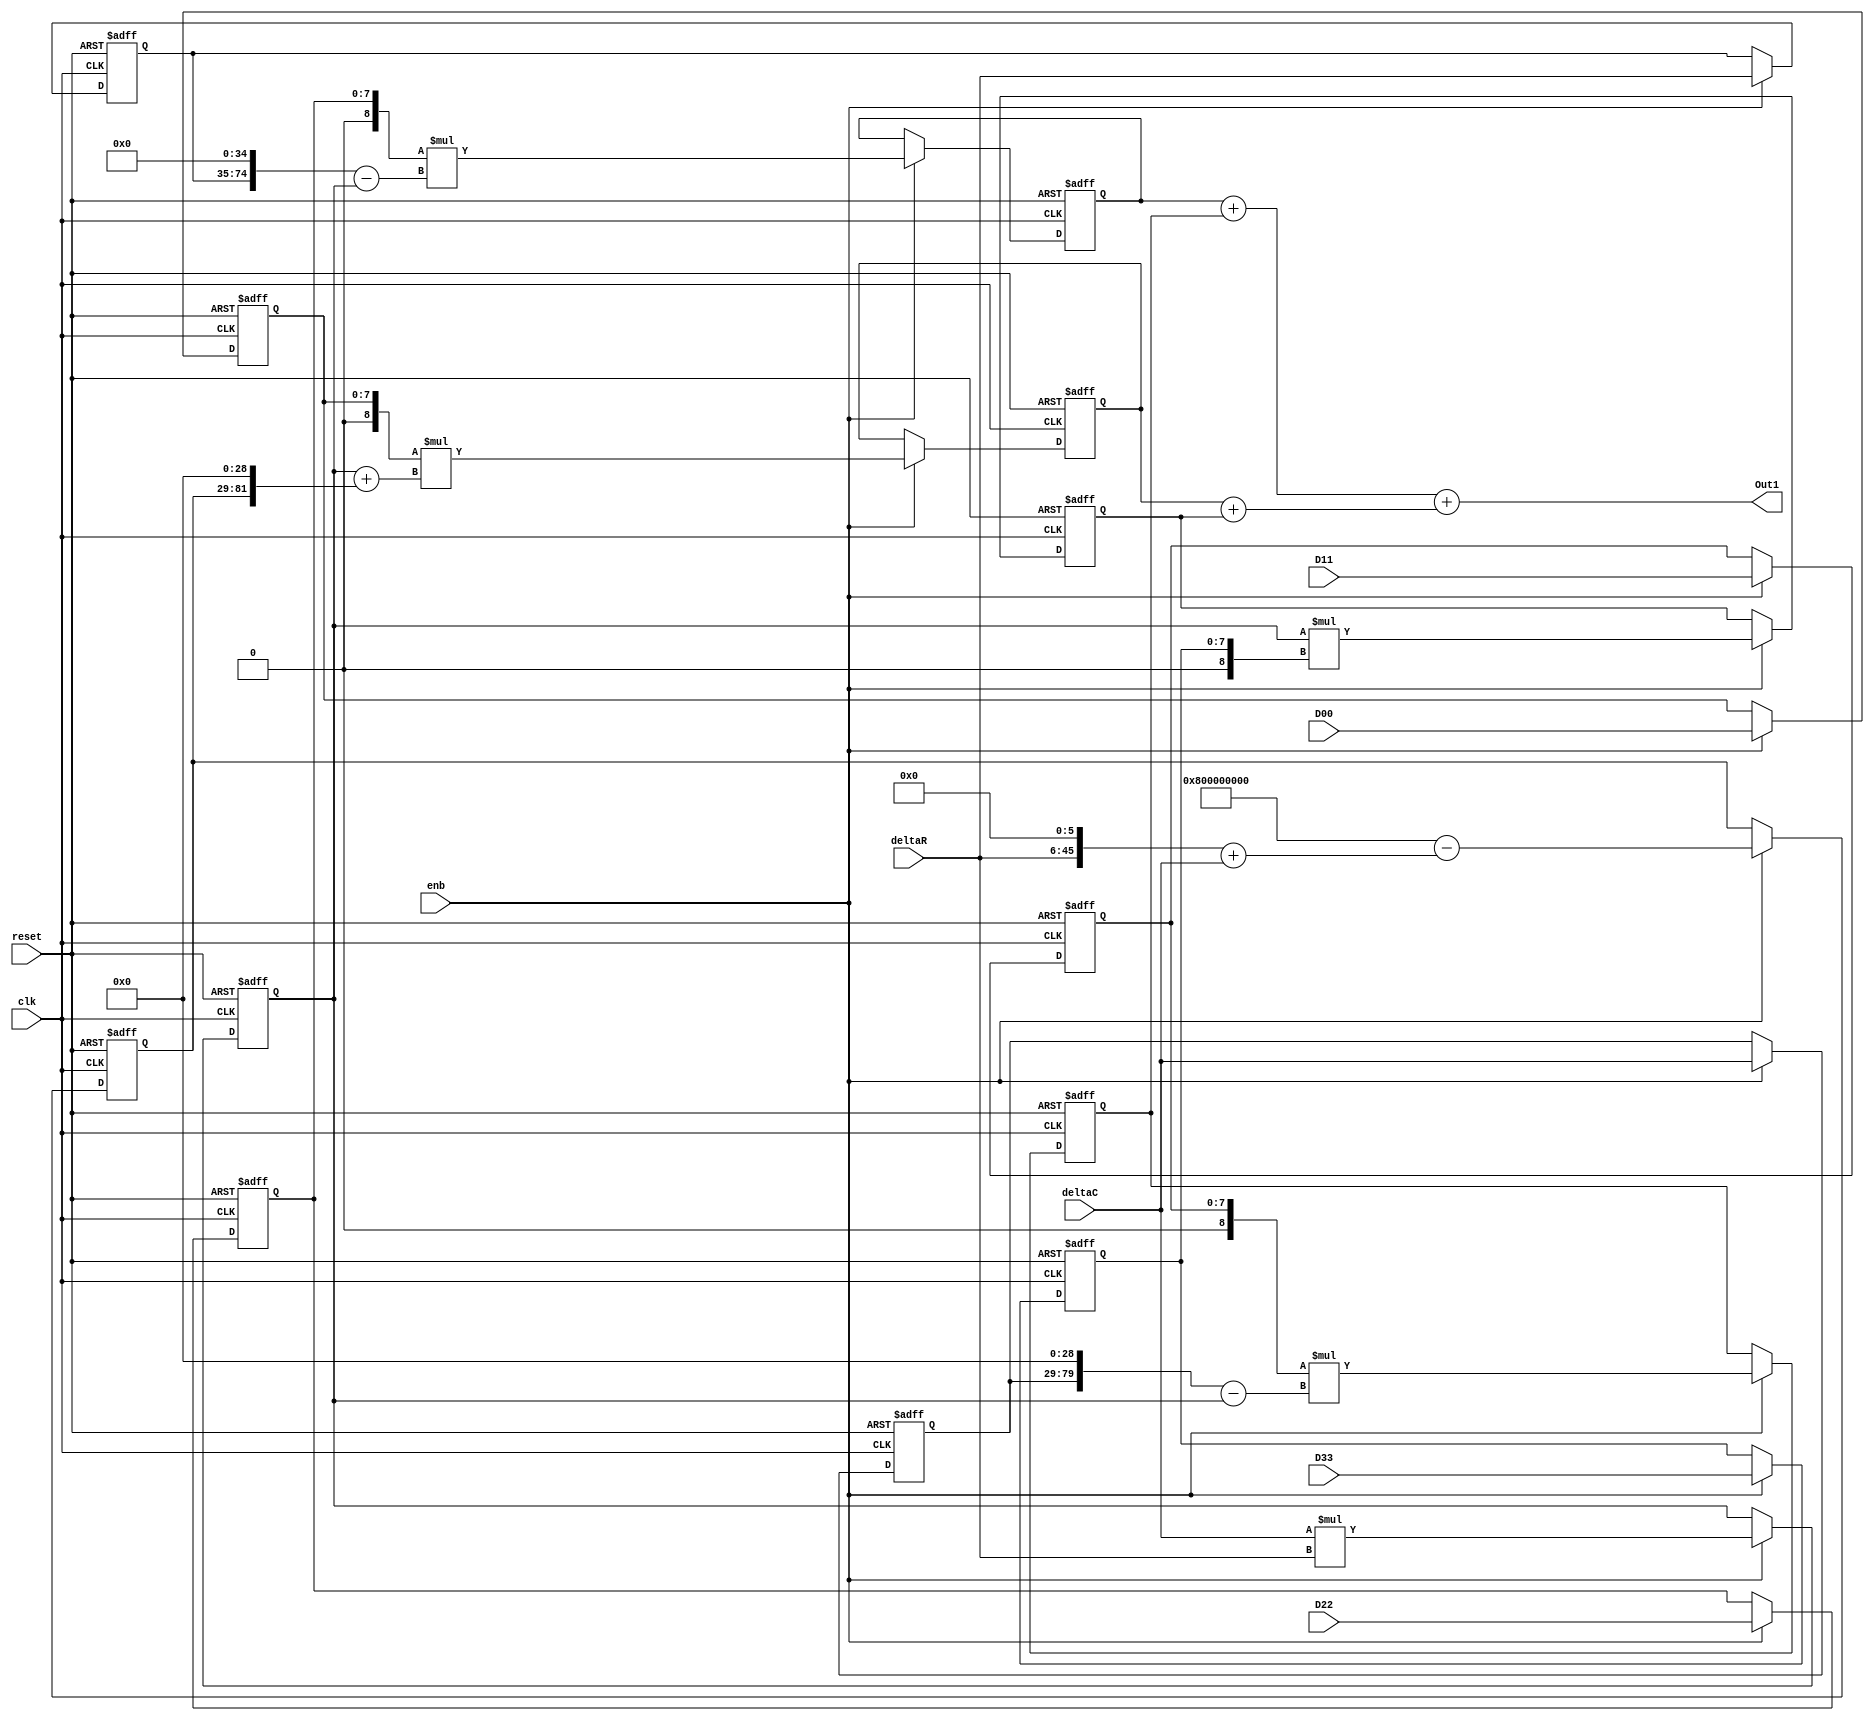
// -------------------------------------------------------------
// 
// 
// Generated by MATLAB 9.6 and HDL Coder 3.14
// 
// -------------------------------------------------------------


// -------------------------------------------------------------
// 
// Module: BirdEyeViewImproved_ip_src_Bilinear_interpolation
// Source Path: BirdEyeView_Bilinear_V1/IP_Core/Bilinear interpolation
// Hierarchy Level: 1
// 
// -------------------------------------------------------------

`timescale 1 ns / 1 ns

module BirdEyeViewImproved_ip_src_Bilinear_interpolation
          (clk,
           reset,
           enb,
           D00,
           D11,
           D22,
           D33,
           deltaC,
           deltaR,
           Out1);


  input   clk;
  input   reset;
  input   enb;
  input   [7:0] D00;  // uint8
  input   [7:0] D11;  // uint8
  input   [7:0] D22;  // uint8
  input   [7:0] D33;  // uint8
  input   signed [50:0] deltaC;  // sfix51_En35
  input   signed [39:0] deltaR;  // sfix40_En29
  output  signed [101:0] Out1;  // sfix102_En64


  reg [7:0] Delay5_out1;  // uint8
  reg signed [39:0] Delay6_out1;  // sfix40_En29
  wire signed [90:0] Product_out1;  // sfix91_En64
  reg signed [90:0] Delay20_out1;  // sfix91_En64
  wire signed [91:0] Sum4_sub_cast;  // sfix92_En64
  wire signed [91:0] Sum4_sub_cast_1;  // sfix92_En64
  wire signed [91:0] Sum4_out1;  // sfix92_En64
  wire signed [8:0] Product3_cast;  // sfix9
  wire signed [100:0] Product3_mul_temp;  // sfix101_En64
  wire signed [99:0] Product3_out1;  // sfix100_En64
  reg signed [99:0] Delay24_out1;  // sfix100_En64
  reg [7:0] Delay3_out1;  // uint8
  reg signed [50:0] Delay1_out1;  // sfix51_En35
  wire signed [91:0] Sum3_sub_cast;  // sfix92_En64
  wire signed [91:0] Sum3_sub_cast_1;  // sfix92_En64
  wire signed [91:0] Sum3_out1;  // sfix92_En64
  wire signed [8:0] Product2_cast;  // sfix9
  wire signed [100:0] Product2_mul_temp;  // sfix101_En64
  wire signed [99:0] Product2_out1;  // sfix100_En64
  reg [7:0] Delay4_out1;  // uint8
  wire Constant_out1;
  wire signed [51:0] Sum_add_cast;  // sfix52_En35
  wire signed [51:0] Sum_add_cast_1;  // sfix52_En35
  wire signed [51:0] Sum_out1;  // sfix52_En35
  wire signed [52:0] Sum1_sub_cast;  // sfix53_En35
  wire signed [52:0] Sum1_sub_cast_1;  // sfix53_En35
  wire signed [52:0] Sum1_out1;  // sfix53_En35
  reg signed [52:0] Delay21_out1;  // sfix53_En35
  wire signed [91:0] Sum2_add_cast;  // sfix92_En64
  wire signed [91:0] Sum2_add_cast_1;  // sfix92_En64
  wire signed [91:0] Sum2_out1;  // sfix92_En64
  wire signed [8:0] Product1_cast;  // sfix9
  wire signed [100:0] Product1_mul_temp;  // sfix101_En64
  wire signed [99:0] Product1_out1;  // sfix100_En64
  reg signed [99:0] Delay22_out1;  // sfix100_En64
  reg [7:0] Delay2_out1;  // uint8
  wire signed [8:0] Product4_cast;  // sfix9
  wire signed [99:0] Product4_mul_temp;  // sfix100_En64
  wire signed [98:0] Product4_out1;  // sfix99_En64
  reg signed [99:0] Delay23_out1;  // sfix100_En64
  wire signed [100:0] Sum5_add_cast;  // sfix101_En64
  wire signed [100:0] Sum5_add_cast_1;  // sfix101_En64
  wire signed [100:0] Sum5_out1;  // sfix101_En64
  reg signed [98:0] Delay25_out1;  // sfix99_En64
  wire signed [100:0] Sum7_add_cast;  // sfix101_En64
  wire signed [100:0] Sum7_add_cast_1;  // sfix101_En64
  wire signed [100:0] Sum7_out1;  // sfix101_En64
  wire signed [101:0] Sum6_add_cast;  // sfix102_En64
  wire signed [101:0] Sum6_add_cast_1;  // sfix102_En64
  wire signed [101:0] Sum6_out1;  // sfix102_En64


  always @(posedge clk or posedge reset)
    begin : Delay5_process
      if (reset == 1'b1) begin
        Delay5_out1 <= 8'b00000000;
      end
      else begin
        if (enb) begin
          Delay5_out1 <= D22;
        end
      end
    end



  always @(posedge clk or posedge reset)
    begin : Delay6_process
      if (reset == 1'b1) begin
        Delay6_out1 <= 40'sh0000000000;
      end
      else begin
        if (enb) begin
          Delay6_out1 <= deltaR;
        end
      end
    end



  assign Product_out1 = deltaC * deltaR;



  always @(posedge clk or posedge reset)
    begin : Delay20_process
      if (reset == 1'b1) begin
        Delay20_out1 <= 91'sh00000000000000000000000;
      end
      else begin
        if (enb) begin
          Delay20_out1 <= Product_out1;
        end
      end
    end



  assign Sum4_sub_cast = {{17{Delay6_out1[39]}}, {Delay6_out1, 35'b00000000000000000000000000000000000}};
  assign Sum4_sub_cast_1 = {Delay20_out1[90], Delay20_out1};
  assign Sum4_out1 = Sum4_sub_cast - Sum4_sub_cast_1;



  assign Product3_cast = {1'b0, Delay5_out1};
  assign Product3_mul_temp = Product3_cast * Sum4_out1;
  assign Product3_out1 = Product3_mul_temp[99:0];



  always @(posedge clk or posedge reset)
    begin : Delay24_process
      if (reset == 1'b1) begin
        Delay24_out1 <= 100'sh0000000000000000000000000;
      end
      else begin
        if (enb) begin
          Delay24_out1 <= Product3_out1;
        end
      end
    end



  always @(posedge clk or posedge reset)
    begin : Delay3_process
      if (reset == 1'b1) begin
        Delay3_out1 <= 8'b00000000;
      end
      else begin
        if (enb) begin
          Delay3_out1 <= D11;
        end
      end
    end



  always @(posedge clk or posedge reset)
    begin : Delay1_process
      if (reset == 1'b1) begin
        Delay1_out1 <= 51'sh0000000000000;
      end
      else begin
        if (enb) begin
          Delay1_out1 <= deltaC;
        end
      end
    end



  assign Sum3_sub_cast = {{12{Delay1_out1[50]}}, {Delay1_out1, 29'b00000000000000000000000000000}};
  assign Sum3_sub_cast_1 = {Delay20_out1[90], Delay20_out1};
  assign Sum3_out1 = Sum3_sub_cast - Sum3_sub_cast_1;



  assign Product2_cast = {1'b0, Delay3_out1};
  assign Product2_mul_temp = Product2_cast * Sum3_out1;
  assign Product2_out1 = Product2_mul_temp[99:0];



  always @(posedge clk or posedge reset)
    begin : Delay4_process
      if (reset == 1'b1) begin
        Delay4_out1 <= 8'b00000000;
      end
      else begin
        if (enb) begin
          Delay4_out1 <= D00;
        end
      end
    end



  assign Constant_out1 = 1'b1;



  assign Sum_add_cast = {{6{deltaR[39]}}, {deltaR, 6'b000000}};
  assign Sum_add_cast_1 = {deltaC[50], deltaC};
  assign Sum_out1 = Sum_add_cast + Sum_add_cast_1;



  assign Sum1_sub_cast = {17'b0, {Constant_out1, 35'b00000000000000000000000000000000000}};
  assign Sum1_sub_cast_1 = {Sum_out1[51], Sum_out1};
  assign Sum1_out1 = Sum1_sub_cast - Sum1_sub_cast_1;



  always @(posedge clk or posedge reset)
    begin : Delay21_process
      if (reset == 1'b1) begin
        Delay21_out1 <= 53'sh00000000000000;
      end
      else begin
        if (enb) begin
          Delay21_out1 <= Sum1_out1;
        end
      end
    end



  assign Sum2_add_cast = {Delay20_out1[90], Delay20_out1};
  assign Sum2_add_cast_1 = {{10{Delay21_out1[52]}}, {Delay21_out1, 29'b00000000000000000000000000000}};
  assign Sum2_out1 = Sum2_add_cast + Sum2_add_cast_1;



  assign Product1_cast = {1'b0, Delay4_out1};
  assign Product1_mul_temp = Product1_cast * Sum2_out1;
  assign Product1_out1 = Product1_mul_temp[99:0];



  always @(posedge clk or posedge reset)
    begin : Delay22_process
      if (reset == 1'b1) begin
        Delay22_out1 <= 100'sh0000000000000000000000000;
      end
      else begin
        if (enb) begin
          Delay22_out1 <= Product1_out1;
        end
      end
    end



  always @(posedge clk or posedge reset)
    begin : Delay2_process
      if (reset == 1'b1) begin
        Delay2_out1 <= 8'b00000000;
      end
      else begin
        if (enb) begin
          Delay2_out1 <= D33;
        end
      end
    end



  assign Product4_cast = {1'b0, Delay2_out1};
  assign Product4_mul_temp = Delay20_out1 * Product4_cast;
  assign Product4_out1 = Product4_mul_temp[98:0];



  always @(posedge clk or posedge reset)
    begin : Delay23_process
      if (reset == 1'b1) begin
        Delay23_out1 <= 100'sh0000000000000000000000000;
      end
      else begin
        if (enb) begin
          Delay23_out1 <= Product2_out1;
        end
      end
    end



  assign Sum5_add_cast = {Delay24_out1[99], Delay24_out1};
  assign Sum5_add_cast_1 = {Delay23_out1[99], Delay23_out1};
  assign Sum5_out1 = Sum5_add_cast + Sum5_add_cast_1;



  always @(posedge clk or posedge reset)
    begin : Delay25_process
      if (reset == 1'b1) begin
        Delay25_out1 <= 99'sh0000000000000000000000000;
      end
      else begin
        if (enb) begin
          Delay25_out1 <= Product4_out1;
        end
      end
    end



  assign Sum7_add_cast = {Delay22_out1[99], Delay22_out1};
  assign Sum7_add_cast_1 = {{2{Delay25_out1[98]}}, Delay25_out1};
  assign Sum7_out1 = Sum7_add_cast + Sum7_add_cast_1;



  assign Sum6_add_cast = {Sum5_out1[100], Sum5_out1};
  assign Sum6_add_cast_1 = {Sum7_out1[100], Sum7_out1};
  assign Sum6_out1 = Sum6_add_cast + Sum6_add_cast_1;



  assign Out1 = Sum6_out1;

endmodule  // BirdEyeViewImproved_ip_src_Bilinear_interpolation